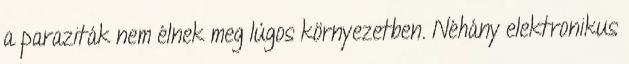
a paraziták nem élnek meg lúgos környezetben. Néhány elektronikus